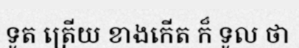
ទូត ត្រើយ ខាងកើត ក៏ ទូល ថា